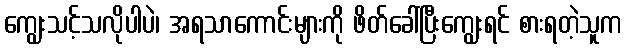
ကျွေးသင့်သလိုပါပဲ၊ အရသာကောင်းများကို ဖိတ်ခေါ်ပြီးကျွေးရင် စားရတဲ့သူက